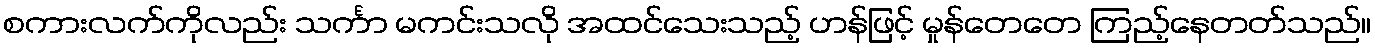
စကားလက်ကိုလည်း သင်္ကာ မကင်းသလို အထင်သေးသည့် ဟန်ဖြင့် မှုန်တေတေ ကြည့်နေတတ်သည်။